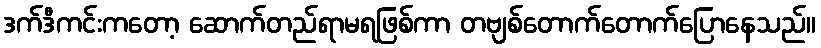
ဒက်ဒီကင်းကတော့ ဆောက်တည်ရာမရဖြစ်ကာ တဗျစ်တောက်တောက်ပြောနေသည်။